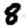
Digit: 8